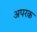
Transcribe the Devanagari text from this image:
अपरक